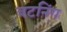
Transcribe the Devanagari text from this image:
बटनिंग